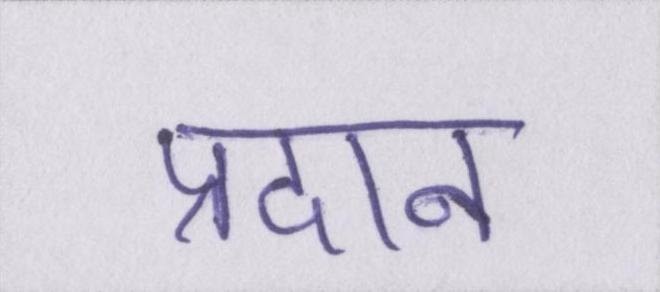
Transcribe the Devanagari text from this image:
प्रदान